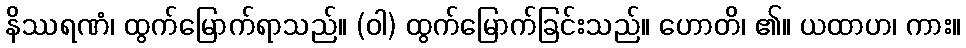
နိဿရဏံ၊ ထွက်မြောက်ရာသည်။ (ဝါ) ထွက်မြောက်ခြင်းသည်။ ဟောတိ၊ ၏။ ယထာဟ၊ ကား။